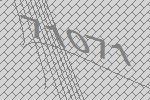
71071